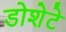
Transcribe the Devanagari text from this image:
डोशेटे